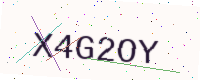
Text: X4G2OY